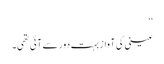
‘‘
عینی کی آواز بہت دور سے آئی تھی۔